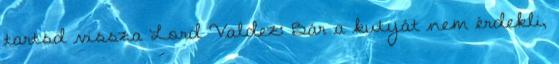
tartsd vissza Lord Valdez: Bár a kutyát nem érdekli,